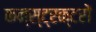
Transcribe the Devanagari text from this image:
कन्स्ट्रक्टरों